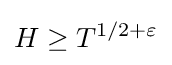
H\geq T^{1/2+\varepsilon }